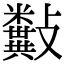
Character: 𣀰